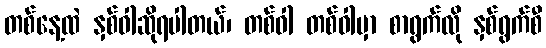
တစ်နေ့ထဲ နှစ်ဝါဆိုရပါတယ်၊ တစ်ဝါ တစ်ဝါမှာ စာရွက်လို နှစ်ရွက်စီ